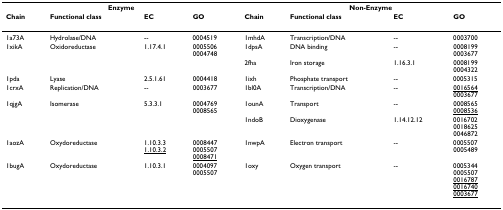
| <COLSPAN=4> Enzyme | <COLSPAN=4> Non-Enzyme |
 | Chain | Functional class | EC | GO | Chain | Functional class | EC | GO |
 | --- | --- | --- | --- | --- | --- | --- | --- |
 | 1a73A | Hydrolase/DNA | -- | 0004519 | 1mhdA | Transcription/DNA | -- | 0003700 |
 | 1xikA | Oxidoreductase | 1.17.4.1 | 00055060004748 | 1dpsA | DNA binding | -- | 00081990003677 |
 |  |  |  |  | 2fha | Iron storage | 1.16.3.1 | 00081990004322 |
 | 1pda | Lyase | 2.5.1.61 | 0004418 | 1ixh | Phosphate transport | -- | 0005315 |
 | 1crxA | Replication/DNA | -- | 0003677 | 1bl0A | Transcription/DNA | -- | <underline>0016564</underline>0003677 |
 | 1qjgA | Isomerase | 5.3.3.1 | 00047690008565 | 1ounA | Transport | -- | 0008565<underline>0008536</underline> |
 |  |  |  |  | 1ndoB | Dioxygenase | 1.14.12.12 | 001670200186250046872 |
 | 1aozA | Oxydoreductase | 1.10.3.3<underline>1.10.3.2</underline> | 00084470005507<underline>0008471</underline> | 1nwpA | Electron transport | -- | 00055070005489 |
 | 1bugA | Oxydoreductase | 1.10.3.1 | 00040970005507 | 1oxy | Oxygen transport | -- | 00053440005507<underline>0016787</underline><underline>0016740</underline><underline>0003677</underline> |